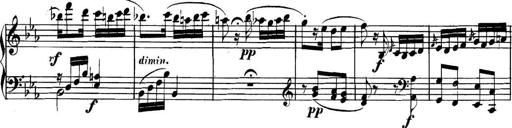
Title: Collected Piano Sonatas
Composer: Muzio Clementi